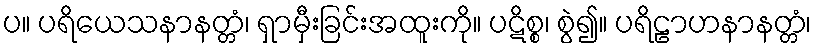
ပ။ ပရိယေသနာနတ္တံ၊ ရှာမှီးခြင်းအထူးကို။ ပဋိစ္စ၊ စွဲ၍။ ပရိဠာဟနာနတ္တံ၊